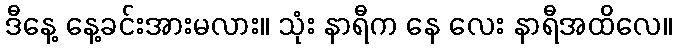
ဒီနေ့ နေ့ခင်းအားမလား။ သုံး နာရီက နေ လေး နာရီအထိလေ။